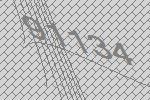
91134